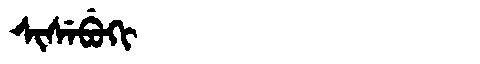
Manchu: ᠰᡳᠰᡝᠪᡠᡴᡳ
Romanization: SISEBUKI